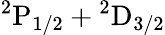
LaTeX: \mathrm{{}^{2}P_{1/2}+{}^{2}D_{3/2}}